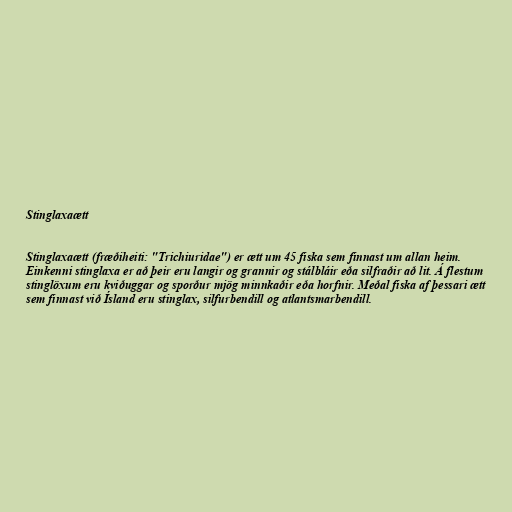
Stinglaxaætt

Stinglaxaætt (fræðiheiti: "Trichiuridae") er ætt um 45 fiska sem finnast um allan heim.
Einkenni stinglaxa er að þeir eru langir og grannir og stálbláir eða silfraðir að lit. Á flestum
stinglöxum eru kviðuggar og sporður mjög minnkaðir eða horfnir. Meðal fiska af þessari ætt
sem finnast við Ísland eru stinglax, silfurbendill og atlantsmarbendill.